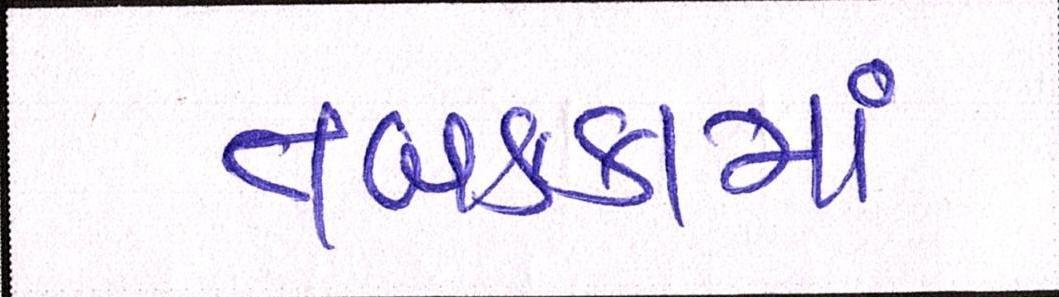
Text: તબકક્કામાં